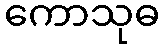
ကောသုဓ